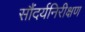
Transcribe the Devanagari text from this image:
सौंदर्यनिरीक्षण